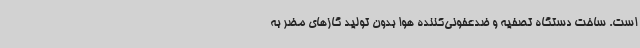
است. ساخت دستگاه تصفیه و ضدعفونی‌کننده هوا بدون تولید گازهای مضر به